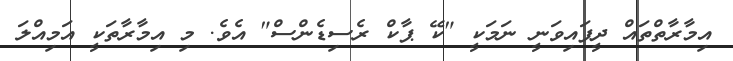
އިމާރާތްތައް ދީފައިވަނީ ނަމަކީ "ކޭ ޕާކް ރެސިޑެންސް" އެވެ. މި އިމާރާތަކީ އަމިއްލަ